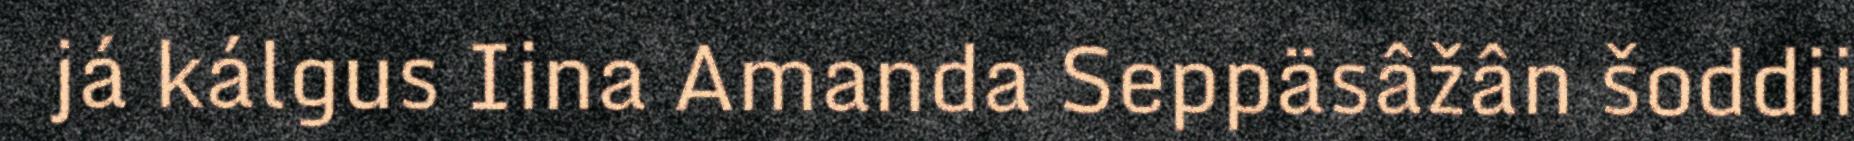
já kálgus Iina Amanda Seppäsâžân šoddii